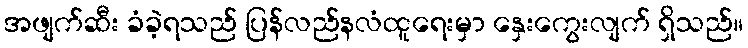
အဖျက်ဆီး ခံခဲ့ရသည် ပြန်လည်နလံထူရေးမှာ နှေးကွေးလျက် ရှိသည်။